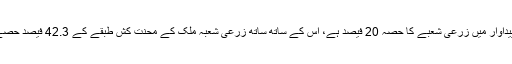
پاکستان کی مجموعی قومی پیداوار میں زرعی شعبے کا حصہ 20 فیصد ہے، اس کے ساتھ ساتھ زرعی شعبہ ملک کے محنت کش طبقے کے 42.3 فیصد حصے کو روزگار مہیا کرتا ہے۔